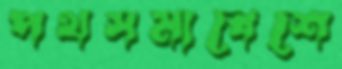
পথসমাবেশে